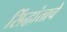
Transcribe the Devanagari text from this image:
सिंद्धांताचे